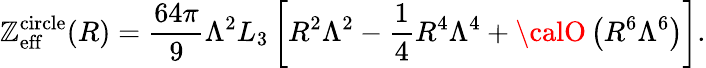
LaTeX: \mathbb{Z}_{\mathrm{{eff}}}^{\mathrm{{circle}}}(R)=\frac{{64\pi}}{{9}}\Lambda^{2}L_{3}\left[R^{2}\Lambda^{2}-\frac{{1}}{{4}}R^{4}\Lambda^{4}+{\calO}\left(R^{6}\Lambda^{6}\right)\right].